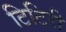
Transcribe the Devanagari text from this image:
टिटिरी